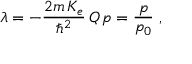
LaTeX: \lambda = - \frac { 2 m \, K _ { e } } { \hbar ^ { 2 } } { \, Q \, p } = \frac { p } { p _ { 0 } } \; ,